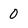
Character: 0